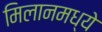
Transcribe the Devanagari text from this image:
मिलानमध्ये